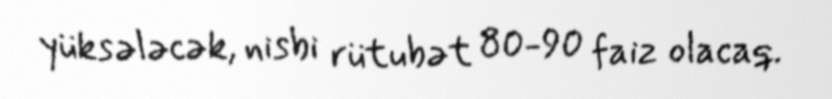
yüksələcək, nisbi rütubət 80-90 faiz olacaq.